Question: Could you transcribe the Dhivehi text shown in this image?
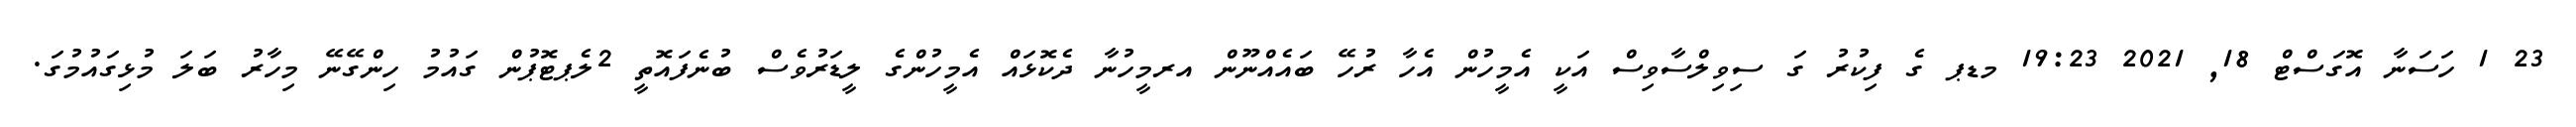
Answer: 23 1 ހަސަނާ އޮގަސްޓް 18, 2021 19:23 މޑޕ ގެ ފިކުރު ގަ ސިވިލްސާވިސް އަކީ އެމީހުން އެހާ ރުހޭ ބައެއްނޫން އރމީހުނާ ދެކޮޅައް އެމީހުންގެ ލީޑަރުވެސް ބުނެފައޮތީ 2ލެޕޓޮޕުން ގައުމު ހިންގޭނޭ މިހާރު ބަލަ މުޅިގައުމުގަ.